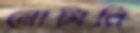
নোটারি